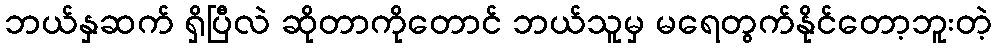
ဘယ်နှဆက် ရှိပြီလဲ ဆိုတာကိုတောင် ဘယ်သူမှ မရေတွက်နိုင်တော့ဘူးတဲ့